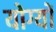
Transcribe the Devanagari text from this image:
योग्यों